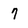
Character: 7